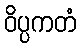
ဝိပ္ပကတံ